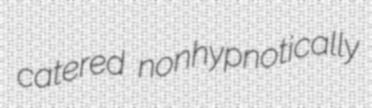
catered nonhypnotically